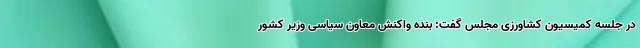
در جلسه کمیسیون کشاورزی مجلس گفت: بنده واکنش معاون سیاسی وزیر کشور